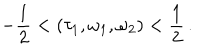
LaTeX: - \frac { 1 } { 2 } < ( \tau _ { 1 } , \omega _ { 1 } , \omega _ { 2 } ) < \frac { 1 } { 2 } \, .